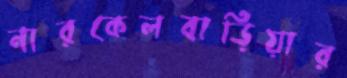
নারকেলবাড়িয়ার